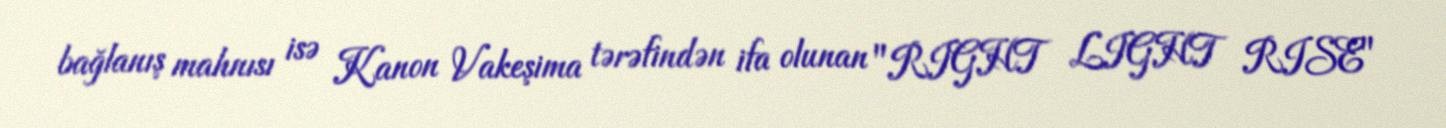
bağlanış mahnısı isə Kanon Vakeşima tərəfindən ifa olunan "RIGHT LIGHT RISE"